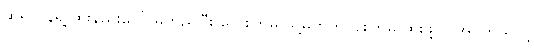
ဆရာဝန်ရဲ့ ထိုးနည်းပေါ် မူတည်ပြီး လေးကြိမ် သို့မဟုတ် ငါးကြိမ် ထိုးဖို့ လိုအပ်တယ်လို့